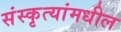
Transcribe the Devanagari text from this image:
संस्कृत्यांमधील